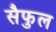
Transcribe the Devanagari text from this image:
सैफुल